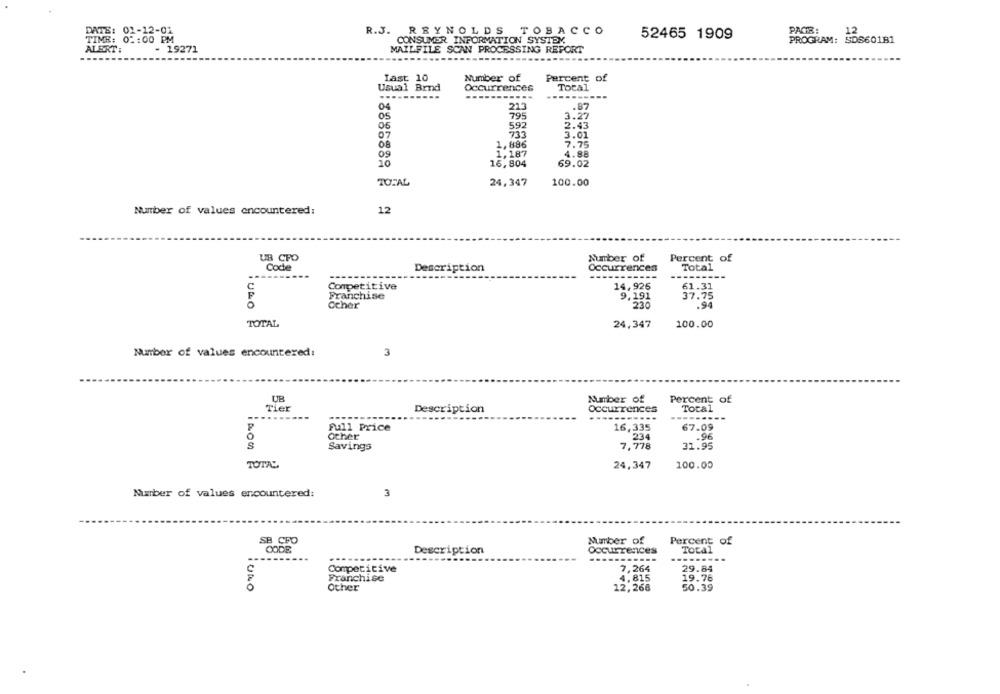
DATE: 0
R.J. REYNOLDS TOBACCO
52465 1909
PAGE:
12
TIME: 0:
0 :: 00 PM
CONSUMER INFORMATION SYSTEM.
PROGRAM: SDS601B1
ALERT:
- 19271
MAILFILE SCAN PROCESSING REPORT
-----
Number of
Last 10
Percent of
Usual Brnd
Occurrences
Total
-------...
------....
04
213
.87
05
795
3.27
06
592
2.43
07
733
3.01
08
1,886
7.75
MNMP
1,187
4.88
09
16,804
69.02
TOTAL
24,347
100.00
Number of values encountered:
12
UB CFO
Number of
Percent of
Code
Description
Occurrences
Total
-----------
---------
C
Competitive
14,925
61.31
Franchise
9.191
37.75
O
Ocher
"230
.94
TOTAL
24,347
100.00
Number of values encountered:
3
Number of
Percent of
Tier
Description
Occurrences
Total
-
------
Full Price
16,335
67.09
O
other
234
.96
S
Savings
7,778
31.95
TOTAL
24,347
100.00
3
Number of values encountered:
SB CFO
Number of
Percent of
CODE
Description
Occurrences
Total
--------
Competitive
7,264
29.84
Franchise
4,815
19.76
iULO
Other
12,268
50.39